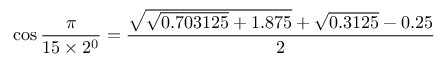
\cos { \frac { \pi } { 1 5 \times 2 ^ { 0 } } } = { \frac { { \sqrt { { \sqrt { 0 . 7 0 3 1 2 5 } } + 1 . 8 7 5 } } + { \sqrt { 0 . 3 1 2 5 } } - 0 . 2 5 } { 2 } }